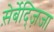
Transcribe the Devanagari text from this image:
स़ेर्बेद्ज़िजा